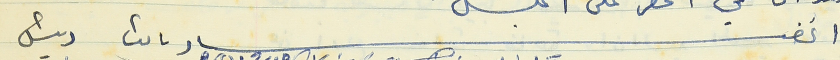
اعضاء نائب رئيس